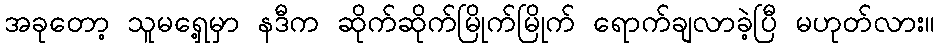
အခုတော့ သူမရှေ့မှာ နဒီက ဆိုက်ဆိုက်မြိုက်မြိုက် ရောက်ချလာခဲ့ပြီ မဟုတ်လား။